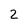
Character: 2